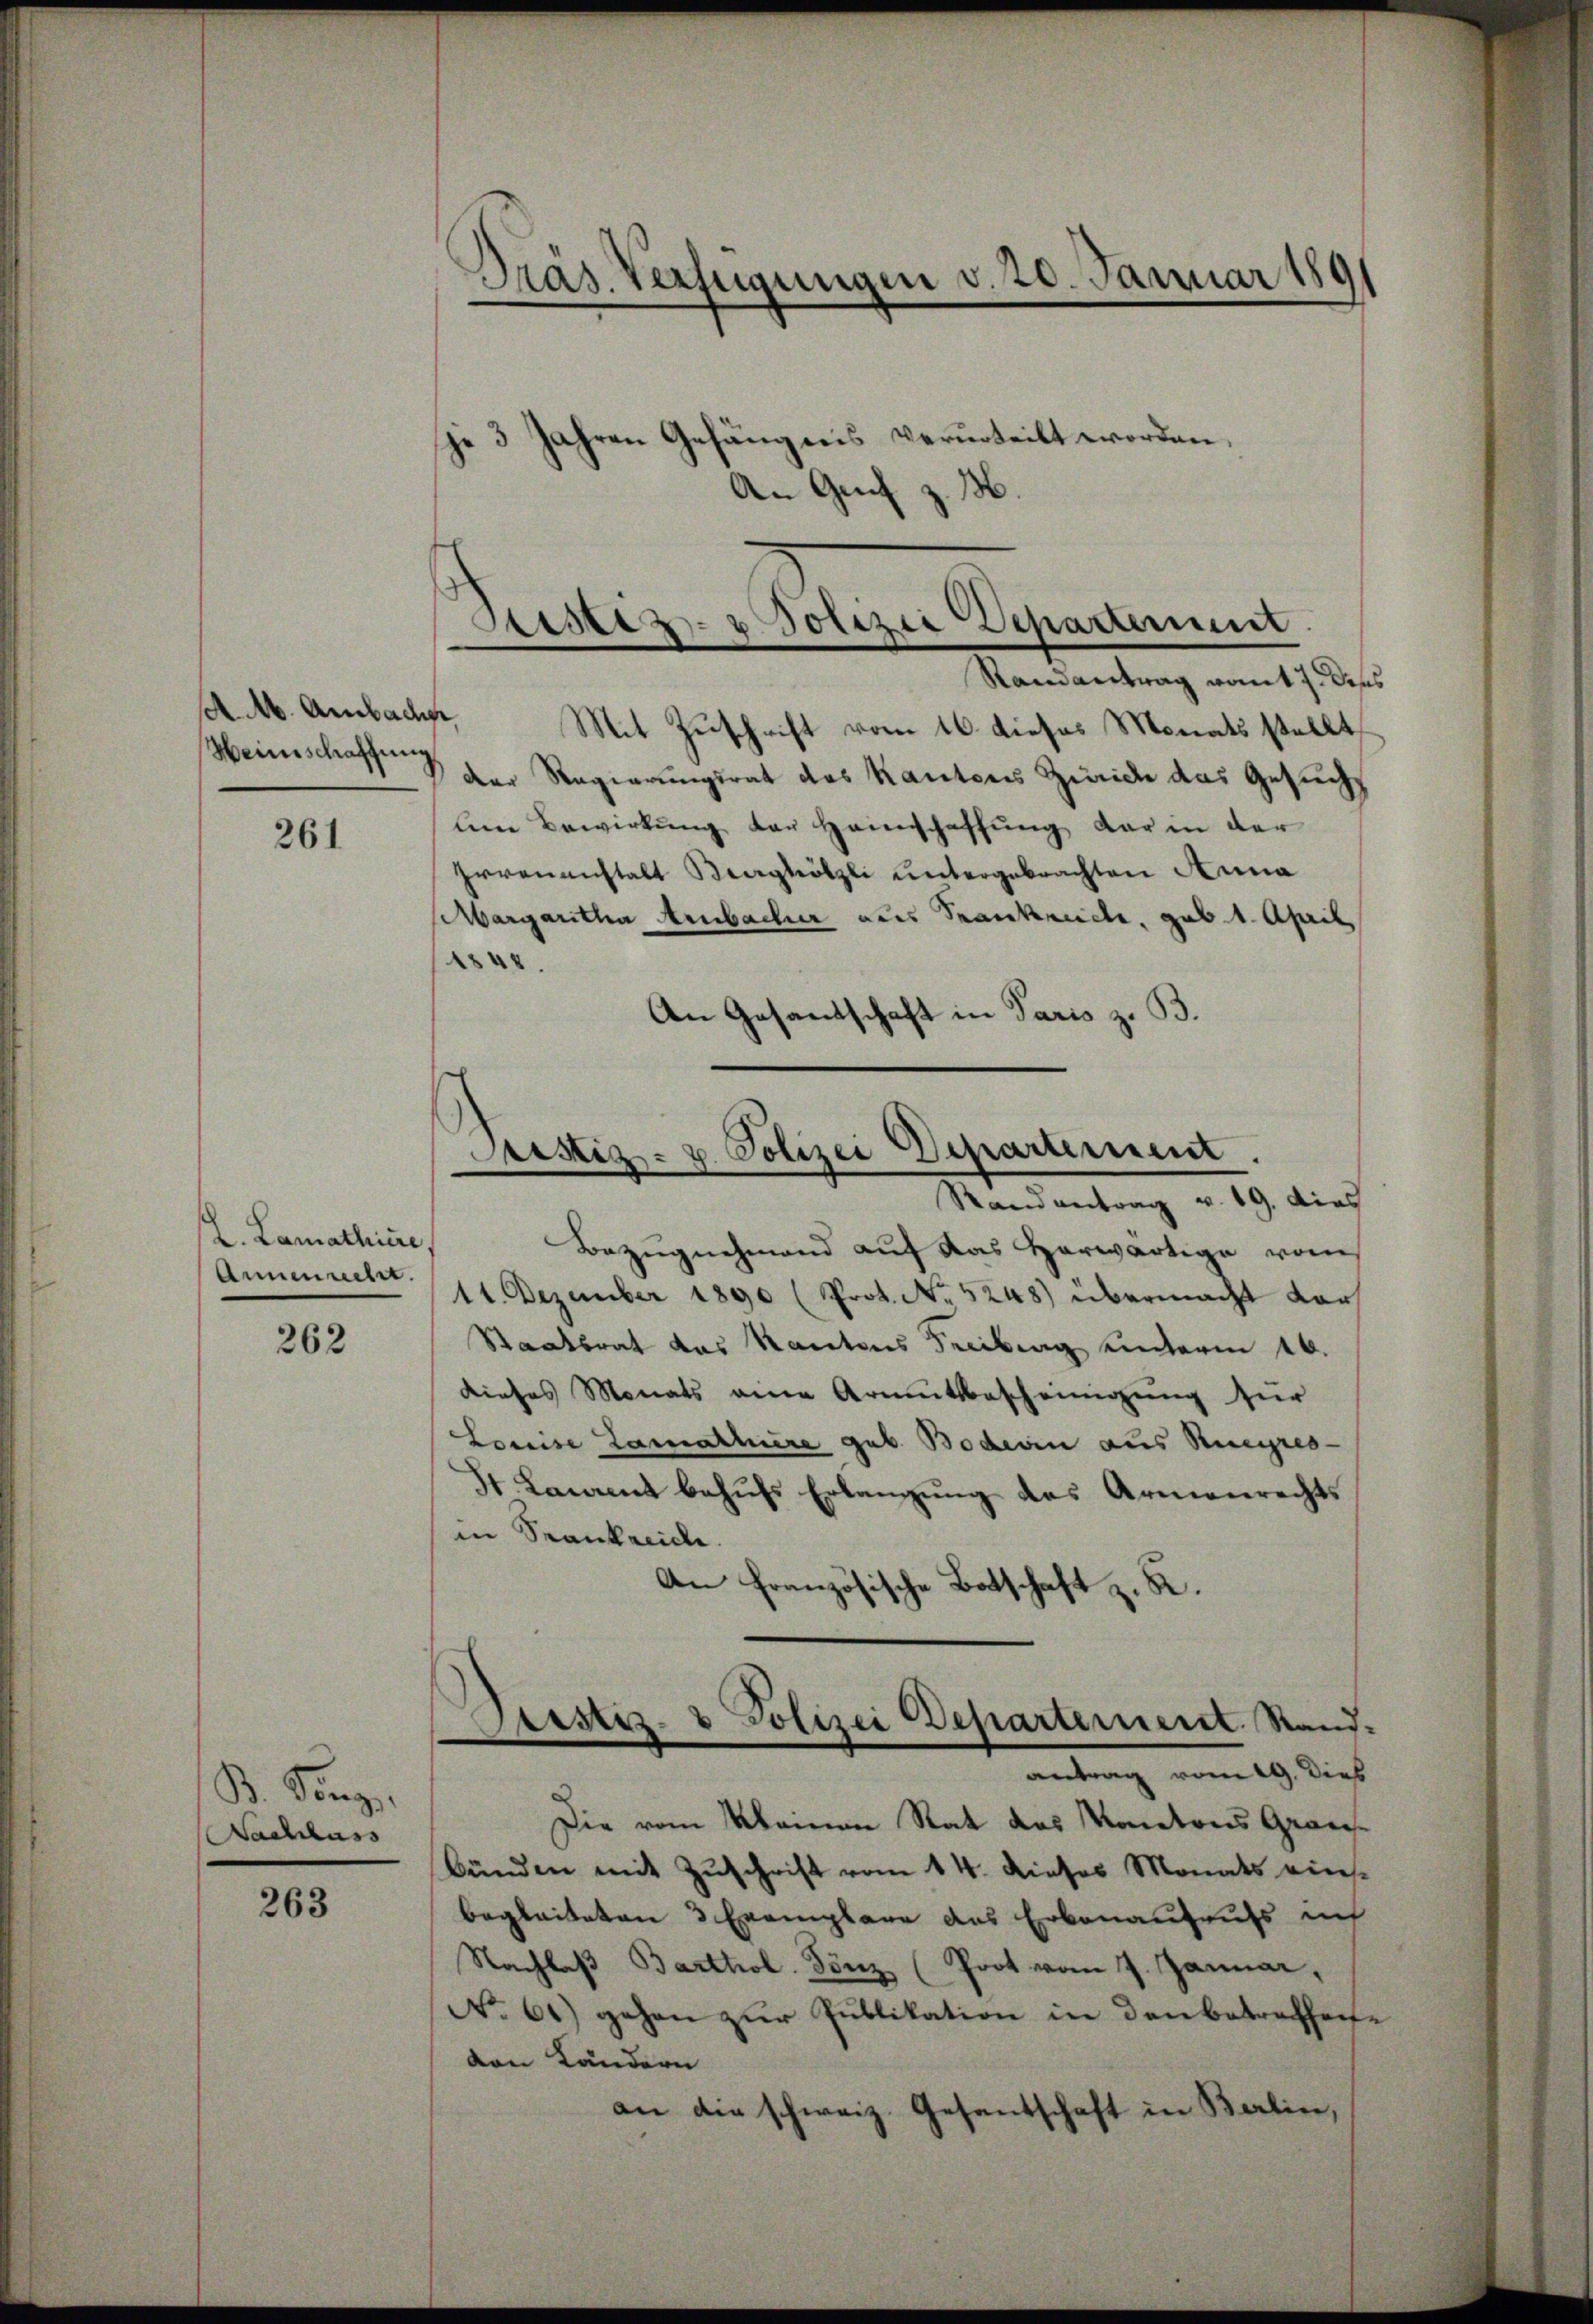
Weinschaffung

261

. Lamathiere,
Annemacht.
262

B. Senge
Nachlass

263

Präs. Verfügungen v. 20. Januar 189
 3 Jahren Gefängnis verurteilt worden,
An Genf z. B.

Sistiz- & Polizei Departement
Randantrag womit 7. Dieses

AM. Ambach. Mit Zuschrift vom 16. dieses Monats stellt,
der Regierungsrat das Kantons Zürich das Gesuch
le Bewirkŭng der Heimschaffŭng dar in der
Irrenanstalt Berghölzli untergebrachten Anna
Margaritha Ambacher aus Frankreiche, gab 1. April
.
An Gesandschaft in Paris z. B.

Bezugnehmend auf das Herwärtige vom
11. Dezember 1890 (Prot. No. 5248) übermacht vor¬
Staatsrat das Kantons Freibung unterm 10.
dieses Monats eine Armutsbescheinigung für
Louise Lamathiere geb. Boderin aus Rueyres-
St. Laurent behŭfs Erlangŭng des Armenrechts
in Krankreich.
An Französische Botschaft z. B.

Sistiz- u. Polizei Departement.
Randantrag v. 19. dies

tistis- & Polizei Departement. Sand¬
¬
n
antrag vom 19. Dies

Die vom Meinen Rat des Kantons Grausbünden mit Zuschrift vom 14. Dieses Monats eines
begleiteten 3 Exemplare des Erbenaufrufs ich
Nachlaß Barthol. Tönz (Prot vom 7. Januar,
No 61) gehen zur Publikation in Danbetreffecte
von Ländern
an die schweiz. Gesandschaft in Berlier,